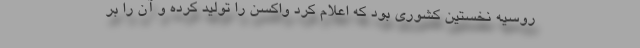
روسیه نخستین کشوری بود که اعلام کرد واکسن را تولید کرده و آن را بر